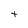
Character: t